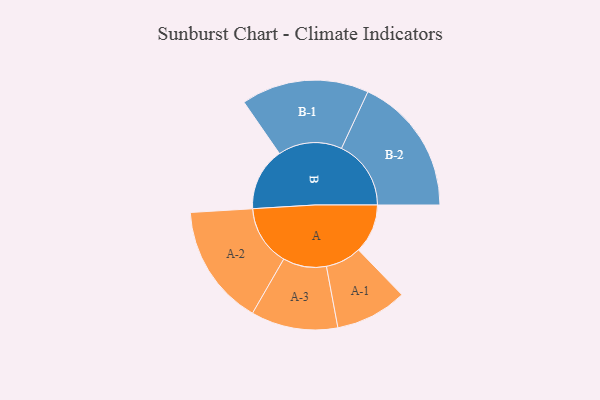
{"axis": {"x": "Segment", "y": "Value"}, "legend": ["", "A", "B"], "data": [{"x": "A", "y": 207, "type": ""}, {"x": "B", "y": 265, "type": ""}, {"x": "A-1", "y": 151, "type": "A"}, {"x": "A-2", "y": 255, "type": "A"}, {"x": "A-3", "y": 183, "type": "A"}, {"x": "B-1", "y": 269, "type": "B"}, {"x": "B-2", "y": 293, "type": "B"}]}